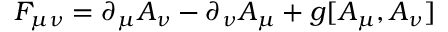
F _ { \mu \nu } = \partial _ { \mu } A _ { \nu } - \partial _ { \nu } A _ { \mu } + g [ A _ { \mu } , A _ { \nu } ]